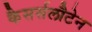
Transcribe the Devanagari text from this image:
कैसर्सलौटेन